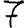
Digit: 7